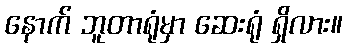
နောက် ဘူတာရုံမှာ ဆေးရုံ ရှိလား။